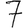
Digit: 7